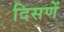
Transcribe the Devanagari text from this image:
दिसणें